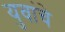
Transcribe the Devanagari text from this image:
युवांचे